Annual report on the mental hospital in the Central Provinces and Berar (Nagpur) - 1927-1951
Year: 1927
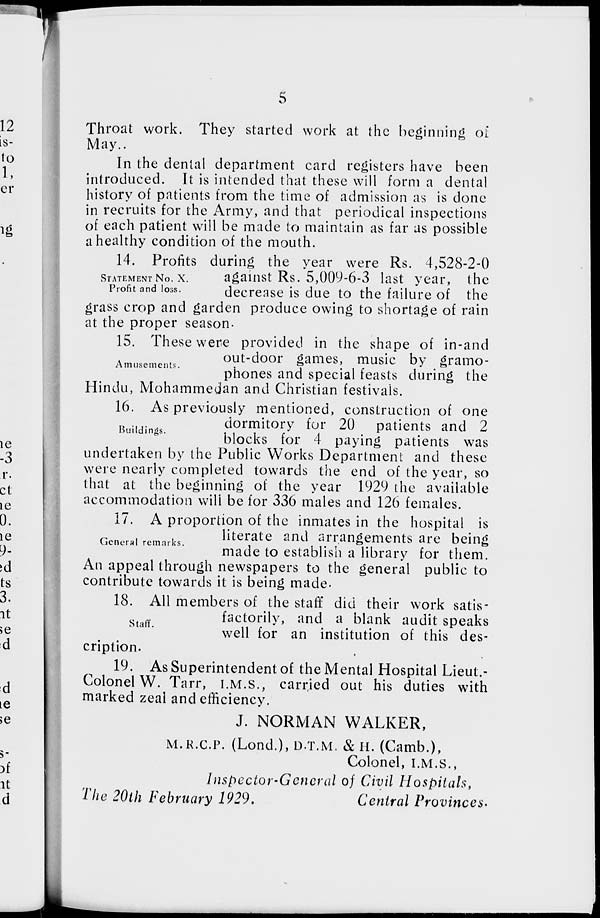
5
Throat work. They started work at the beginning of
May.
In the dental department card registers have been
introduced. It is intended that these will form a dental
history of patients from the time of admission as is done
in recruits for the Army, and that periodical inspections
of each patient will be made to maintain as far as possible
a healthy condition of the mouth.
STATEMENT NO. X.
Profit and loss.
14. Profits during the year were Rs. 4,528-2-0
against Rs. 5,009-6-3 last year, the
decrease is due to the failure of the
grass crop and garden produce owing to shortage of rain
at the proper season.
Amusements.
15. These were provided in the shape of in and
out-door games, music by gramo-
phones and special feasts during the
Hindu, Mohammedan and Christian festivals.
Buildings.
16. As previously mentioned, construction of one
dormitory for 20 patients and 2
blocks for 4 paying patients was
undertaken by the Public Works Department and these
were nearly completed towards the end of the year, so
that at the beginning of the year 1929 the available
accommodation will be for 336 males and 126 females.
General remarks.
17. A proportion of the inmates in the hospital is
literate and arrangements are being
made to establish a library for them.
An appeal through newspapers to the general public to
contribute towards it is being made.
Staff.
18. All members of the staff did their work satis-
factorily, and a blank audit speaks
well for an institution of this des-
cription.
19. As Superintendent of the Mental Hospital Lieut.-
Colonel W. Tarr, I.M.S., carried out his duties with
marked zeal and efficiency.
J. NORMAN WALKER,
M.R.C.P. (Lond.), D.T.M. & H. (Camb.),
Colonel, I.M.S.,
Inspector-General of Civil Hospitals,
The 20th February 1929.
Central Provinces.